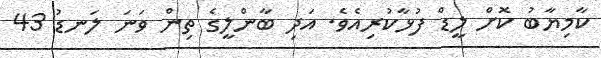
ކާމިޔާބު ކޮށް ލީޑް ފުޅާކުރިއެވެ. އަދި ބާންލީގެ ތިން ވަނަ ލަނޑު 43